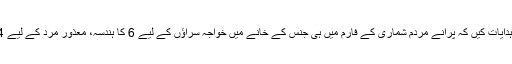
عدالتی استفسار پر خاطر خواہ جواب نہ دینے پر عدالت نے ادارہ شماریات کو ہدایات کیں کہ پرانے مردم شماری کے فارم میں ہی جنس کے خانے میں خواجہ سراؤں کے لیے 6 کا ہندسہ، معذور مرد کے لیے 4 اور معذور خواتین کے لیے 5 کا ہندسہ استعمال کرکے ان کی شماری کریں۔